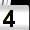
Digit: 4